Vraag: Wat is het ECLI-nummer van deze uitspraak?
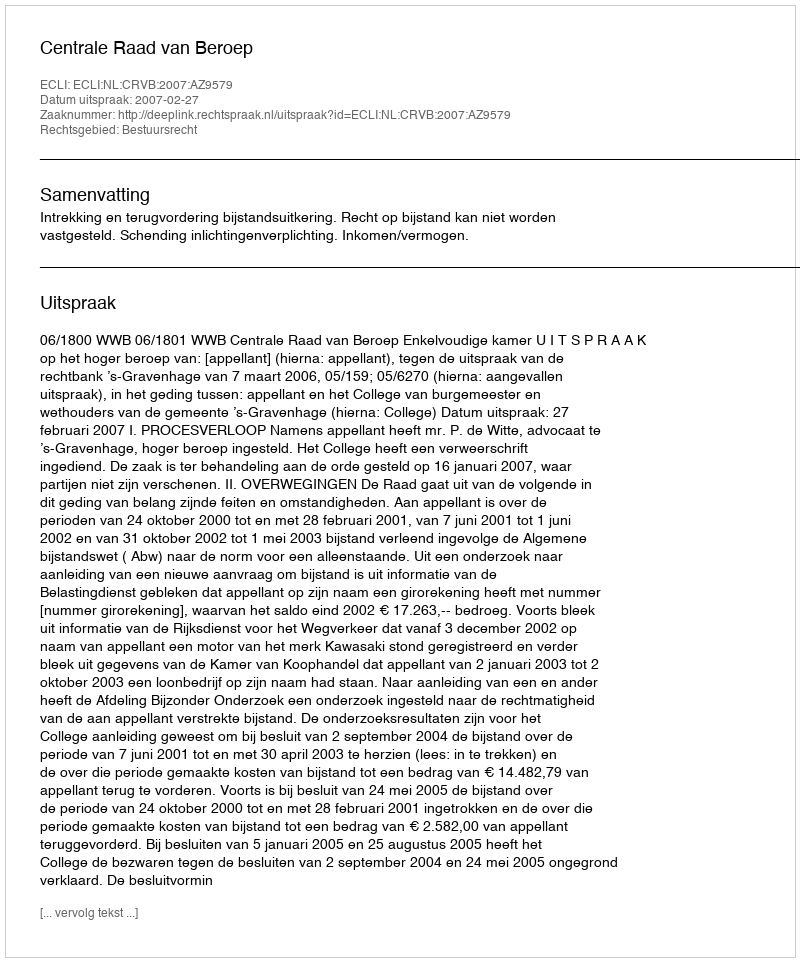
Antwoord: ECLI:NL:CRVB:2007:AZ9579